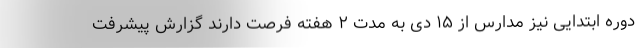
دوره ابتدایی نیز مدارس از ۱۵ دی به مدت ۲ هفته فرصت دارند گزارش پیشرفت